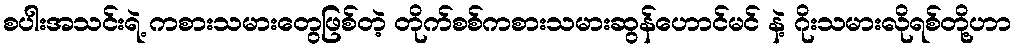
စပါးအသင်းရဲ့ ကစားသမားတွေဖြစ်တဲ့ တိုက်စစ်ကစားသမားဆွန်ဟောင်မင် နဲ့ ဂိုးသမားလိုရစ်တို့ဟာ